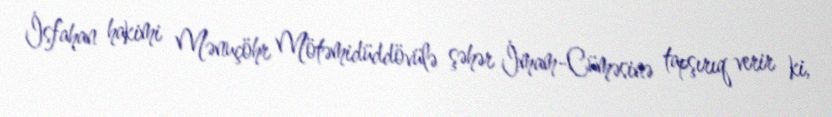
İsfahan hakimi Mənuçöhr Mötəmidüddövülə şəhər İmam-Cüməsinə tapşırıq verir ki,